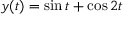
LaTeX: y ( t ) = \sin t + \cos 2 t